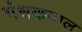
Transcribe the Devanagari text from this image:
गंधकवाल